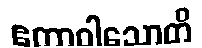
ဧကာဝါသောတိ